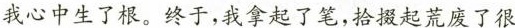
我心中生了根。终于，我拿起了笔，拾摄起荒废了很